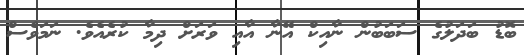
ބޮޑު ބަދަލުގެ ސަބަބުން ނާއިކް އޭނާ އާއި ވަރަށް ދިމާ ކުރެއެވެ. ނަމަވެސް